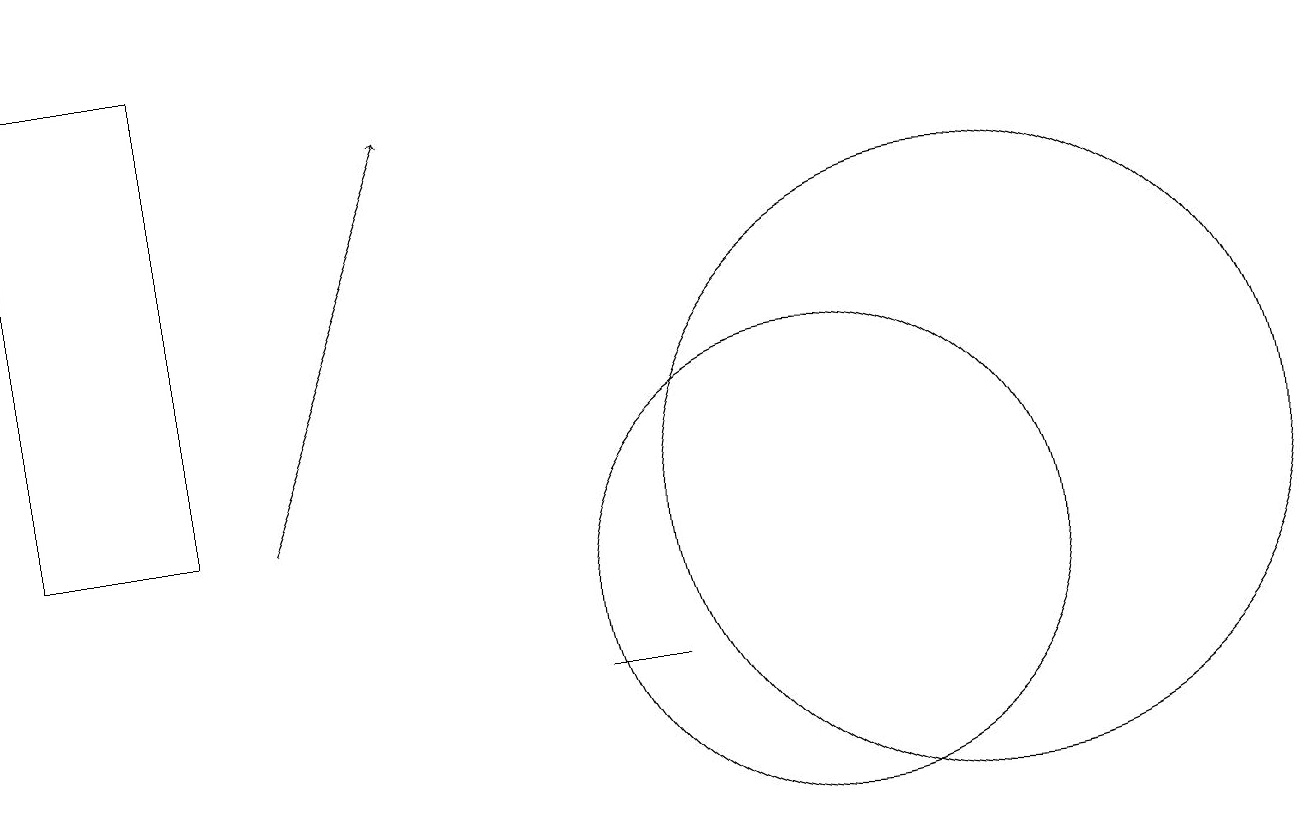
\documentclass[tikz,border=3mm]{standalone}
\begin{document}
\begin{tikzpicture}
\draw (2,12) rectangle (0,18);
\draw (10,11) circle (3);
\draw (8,10) rectangle (7,10);
\draw[->] (3,12) -- (5,17);
\draw (12,12) circle (4);
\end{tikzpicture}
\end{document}